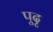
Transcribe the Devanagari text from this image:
पूदृ